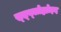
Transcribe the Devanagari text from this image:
स्त्य्लोह्योइद